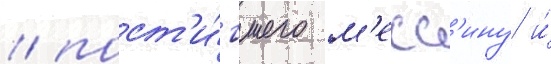
/ пост'и́гшего м'есс'ину и́